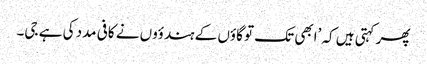
پھر کہتی ہیں کہ ’ابھی تک تو گاؤں کے ہندؤوں نے کافی مدد کی ہے جی۔